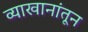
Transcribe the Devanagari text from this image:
व्याखानांतून